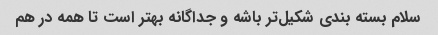
سلام بسته بندی شکیل‌تر باشه و جداگانه بهتر است تا همه در هم